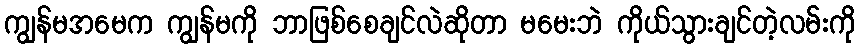
ကျွန်မအမေက ကျွန်မကို ဘာဖြစ်စေချင်လဲဆိုတာ မမေးဘဲ ကိုယ်သွားချင်တဲ့လမ်းကို